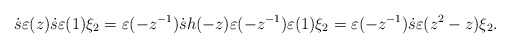
\begin{align*}\dot{s}\varepsilon (z)\dot{s} \varepsilon (1) \xi_2=\varepsilon(-z^{-1}) \dot{s} h(-z)\varepsilon(-z^{-1}) \varepsilon (1) \xi_2 =\varepsilon(-z^{-1}) \dot{s} \varepsilon(z^2-z) \xi_2.\end{align*}